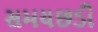
સમયછડી